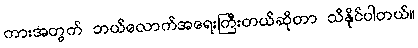
ကားအတွက် ဘယ်လောက်အရေးကြီးတယ်ဆိုတာ သိနိုင်ပါတယ်။